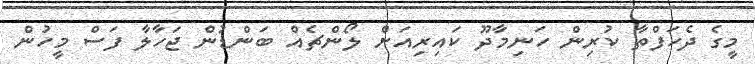
މީގެ ދެހަފްތާ ކުރިން ހަނިމާދޫ ކައިރިއަށް ލޯންޗެއް ބަންޑުން ޖަހާލާ ފަސް މީހުން